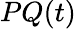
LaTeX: PQ(t)